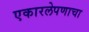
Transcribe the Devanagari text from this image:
एकारलेपणाचा